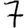
Digit: 7